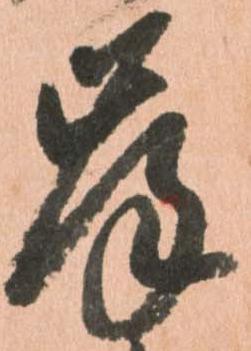
岸